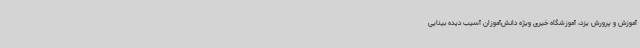
آموزش و پرورش یزد، آموزشگاه خیری ویژه دانش‌آموزان آسیب دیده بینایی